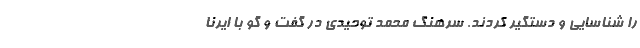
را شناسایی و دستگیر کردند. سرهنگ محمد توحیدی در گفت و گو با ایرنا